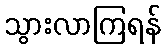
သွားလာကြရန်